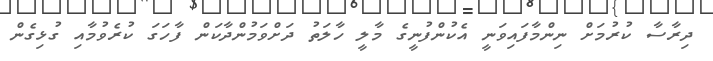
ދިރާސާ ކުރުމަށް ނިންމާފައިވަނީ އެކުންފުނީގެ މާލީ ހާލަތު ދަށްވަމުންދާކަން ފާހަގަ ކުރެވުމާއި ގުޅިގެން